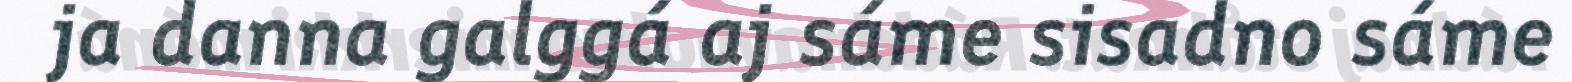
ja danna galggá aj sáme sisadno sáme